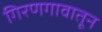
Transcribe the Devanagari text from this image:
गिरणगावातून